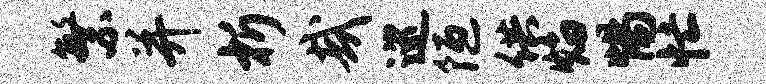
繁并析哉巡陋供焰惕忙